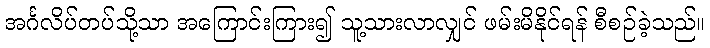
အင်္ဂလိပ်တပ်သို့သာ အကြောင်းကြား၍ သူ့သားလာလျှင် ဖမ်းမိနိုင်ရန် စီစဉ်ခဲ့သည်။